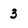
Character: 3